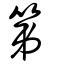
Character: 第